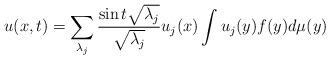
LaTeX: \begin{align*}u(x,t) = \sum_{\lambda_{j}}\frac{\sin{t\sqrt{\lambda_{j}}}}{\sqrt{\lambda_{j}}}u_{j}(x)\int u_{j}(y)f(y)d\mu(y)\end{align*}